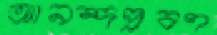
আনন্দপ্রবণ